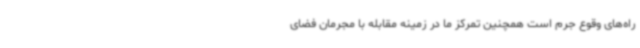
راه‌های وقوع جرم است همچنین تمرکز ما در زمینه مقابله با مجرمان فضای